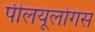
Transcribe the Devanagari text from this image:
पीलयूलोगस